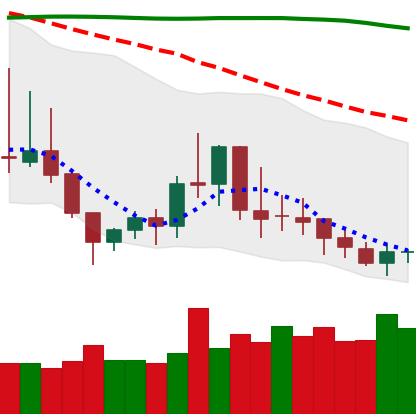
Ticker: DOGE-USD
Chart end date: 2019-09-13
Forward return: 12.078%
Label: up_7plus